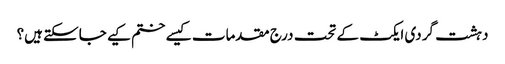
دہشت گردی ایکٹ کے تحت درج مقدمات کیسے ختم کیے جاسکتے ہیں؟